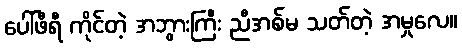
ပေါ်ဖီရီ ကိုင်တဲ့ အဘွားကြီး ညီအစ်မ သတ်တဲ့ အမှုလေ။